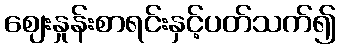
ဈေးနှုန်းစာရင်းနှင့်ပတ်သက်၍